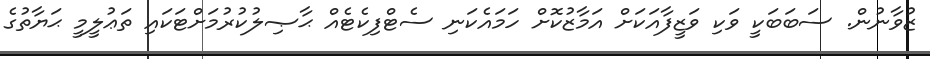
ޒުވާނުން. ސަބަބަކީ ވަކި ވަޒީފާއަކަށް އަމާޒުކޮށް ހަމައެކަނި ސެޓްފިކެޓެއް ޙާޞިލުކުރުމަށްޓަކައި ތަޢުލީމީ ޙަޔާތުގެ